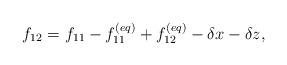
LaTeX: \begin{align*}{f_{12}} = {f_{11}} - f_{11}^{\left( {eq} \right)} + f_{12}^{\left( {eq} \right)} - \delta x - \delta z,\end{align*}